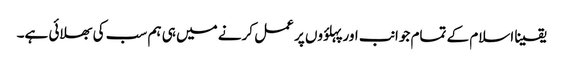
یقینا اسلام کے تمام جوانب اور پہلؤوں پر عمل کرنے میں ہی ہم سب کی بھلائی ہے۔